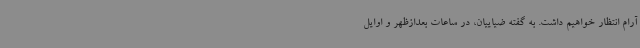
آرام انتظار خواهیم داشت. به گفته ضیاییان، در ساعات بعدازظهر و اوایل